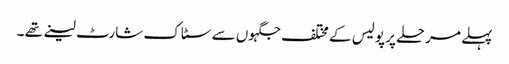
پہلے مرحلے پر پولیس کے مختلف جگہوں سے سٹاک شارٹ لینے تھے ۔